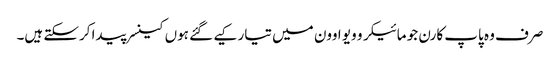
صرف وہ پاپ کارن جو مائیکرو ویو اوون میں تیار کیے گئے ہوں کینسر پیدا کرسکتے ہیں۔